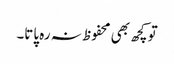
تو کچھ بھی محفوظ نہ رہ پاتا۔